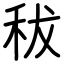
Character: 秡